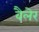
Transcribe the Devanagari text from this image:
वैलेर